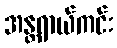
အန္တရာယ်ကင်း